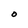
Character: O